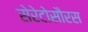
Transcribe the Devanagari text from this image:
सेरेटोसौरस